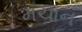
મચાન